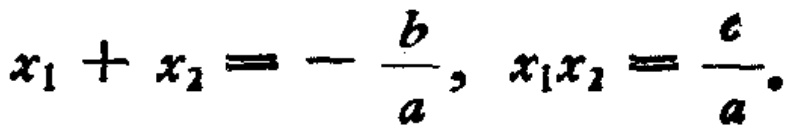
\(x_{1}+x_{2}=-\frac{b}{a},\ x_{1}x_{2}=\frac{c}{a}.\)